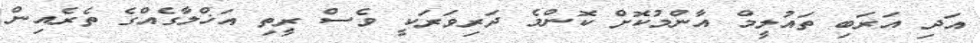
އަދި އަރަބި ތައުލީމް އާންމުކޮށް ކޮންމެ ދަރިވަރަކީ ވެސް ރީތި އަޚްލާގެއްގެ ތެރެއިން